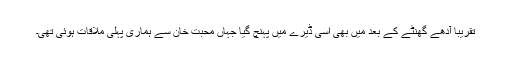
تقریبا آدھے گھنٹے کے بعد میں بھی اسی ڈیرے میں پہنچ گیا جہاں محبت خان سے ہماری پہلی ملاقات ہوئی تھی۔